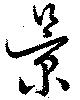
景